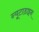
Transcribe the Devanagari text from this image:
न्यूटाडाइन